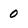
Character: 0